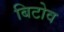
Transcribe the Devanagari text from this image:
बिटोव